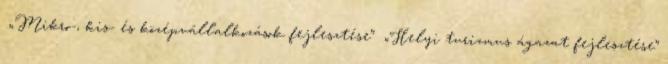
▪„Mikro-, kis- és középvállalkozások fejlesztése” ▪„Helyi turizmus ágazat fejlesztése”